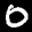
Label: 0